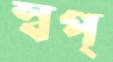
স্বপ্